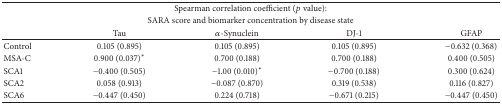
<table><thead><tr><td colspan="5"><b>Spearman correlation coefficient (<i>p</i> value):</b></td></tr><tr><td colspan="5"><b>SARA score and biomarker concentration by disease state</b></td></tr><tr><td><b> </b></td><td><b>Tau</b></td><td><b><i>α</i>-Synuclein</b></td><td><b>DJ-1</b></td><td><b>GFAP</b></td></tr></thead><tbody><tr><td>Control</td><td>0.105 (0.895)</td><td>0.105 (0.895)</td><td>0.105 (0.895)</td><td>−0.632 (0.368)</td></tr><tr><td>MSA-C</td><td>0.900 (0.037)<sup><i>∗</i></sup></td><td>0.700 (0.188)</td><td>0.700 (0.188)</td><td>0.400 (0.505)</td></tr><tr><td>SCA1</td><td>−0.400 (0.505)</td><td>−1.00 (0.010)<sup><i>∗</i></sup></td><td>−0.700 (0.188)</td><td>0.300 (0.624)</td></tr><tr><td>SCA2</td><td>0.058 (0.913)</td><td>−0.087 (0.870)</td><td>0.319 (0.538)</td><td>0.116 (0.827)</td></tr><tr><td>SCA6</td><td>−0.447 (0.450)</td><td>0.224 (0.718)</td><td>−0.671 (0.215)</td><td>−0.447 (0.450)</td></tr></tbody></table>